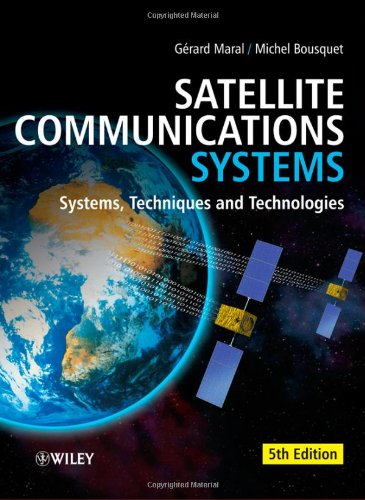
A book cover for Satellite Communications Systems: Systems, Techniques and Technology; Gerard Maral; Science & Math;